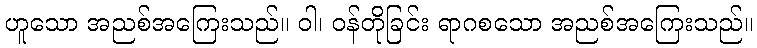
ဟူသော အညစ်အကြေးသည်။ ဝါ၊ ဝန်တိုခြင်း ရာဂစသော အညစ်အကြေးသည်။